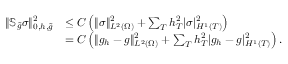
\begin{array} { r l } { \| \mathbb { S } _ { \widetilde { g } } \sigma \| _ { 0 , h , \widetilde { g } } ^ { 2 } } & { \le C \left( \| \sigma \| _ { L ^ { 2 } ( \Omega ) } ^ { 2 } + \sum _ { T } h _ { T } ^ { 2 } | \sigma | _ { H ^ { 1 } ( T ) } ^ { 2 } \right) } \\ & { = C \left( \| g _ { h } - g \| _ { L ^ { 2 } ( \Omega ) } ^ { 2 } + \sum _ { T } h _ { T } ^ { 2 } | g _ { h } - g | _ { H ^ { 1 } ( T ) } ^ { 2 } \right) . } \end{array}